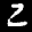
Digit: 2